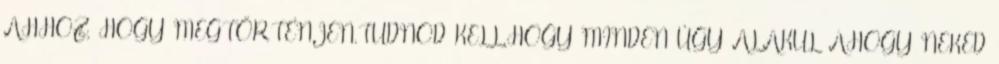
AHHOZ, HOGY MEGTÖRTÉNJEN.TUDNOD KELL.HOGY MINDEN ÚGY ALAKUL AHOGY NEKED